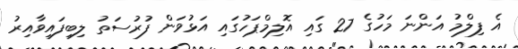
އެ ފިލްމު އަންނަ މަހުގެ 27 ގައި އޮލިމްޕަހުގައި އަޅުވަން ފުރުސަތު ލިބިފައިވާއިރު